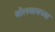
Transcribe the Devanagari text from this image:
बोलवायच्या